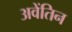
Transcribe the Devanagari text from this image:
अवेंतिन